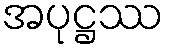
အပုဋ္ဌဿ